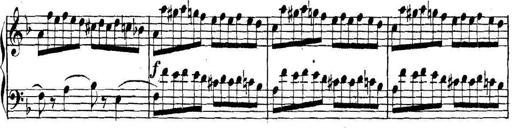
Title: Collected Piano Sonatas
Composer: Muzio Clementi